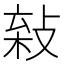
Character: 𢽫